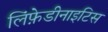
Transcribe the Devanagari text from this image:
लिंफ़ेडीनाइटिस